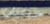
جيليان